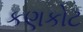
કણકોટ